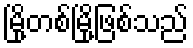
မြို့တစ်မြို့ဖြစ်သည်